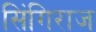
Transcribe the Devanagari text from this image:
सिंगिराज